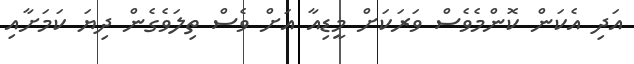
އަދި އެކަން ކޮންމެވެސް ވަރަކަށް މީޑިއާ އަށް ވެސް ތިލަވެގެން ދިޔަ ކަމަށާއި